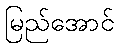
မြည်အောင်